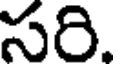
సరి.